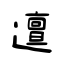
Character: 邅